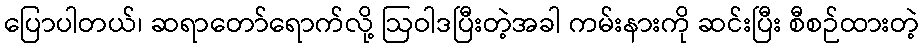
ပြောပါတယ်၊ ဆရာတော်ရောက်လို့ ဩဝါဒပြီးတဲ့အခါ ကမ်းနားကို ဆင်းပြီး စီစဉ်ထားတဲ့